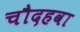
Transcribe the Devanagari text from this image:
चौदहवा